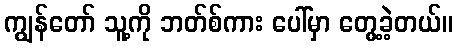
ကျွန်တော် သူ့ကို ဘတ်စ်ကား ပေါ်မှာ တွေ့ခဲ့တယ်။